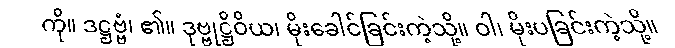
ကို။ ဒဋ္ဌဗ္ဗံ၊ ၏။ ဒုဗ္ဗုဋ္ဌိဝိယ၊ မိုးခေါင်ခြင်းကဲ့သို့။ ဝါ၊ မိုးပခြင်းကဲ့သို့။